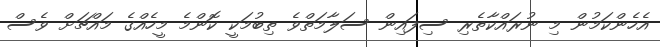
އެހެންކަމުން މި ނުރައްކާތެރި ސިފައިން ސަލާމަތްވެ ތިބުމަކީ ކޮންމެ މީހެއްގެ މައްޗަށް ވެސް